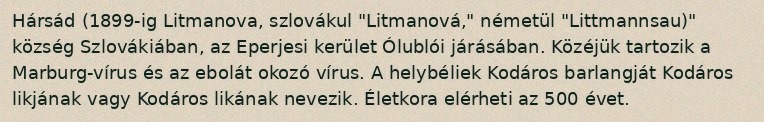
Hársád (1899-ig Litmanova, szlovákul "Litmanová," németül "Littmannsau)" község Szlovákiában, az Eperjesi kerület Ólublói járásában. Közéjük tartozik a Marburg-vírus és az ebolát okozó vírus. A helybéliek Kodáros barlangját Kodáros likjának vagy Kodáros likának nevezik. Életkora elérheti az 500 évet.